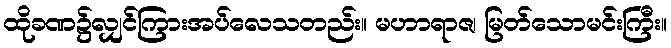
ထိုခဏ၌လျှင်ကြားအပ်လေသတည်း။ မဟာရာဇ၊ မြတ်သောမင်းကြီး။